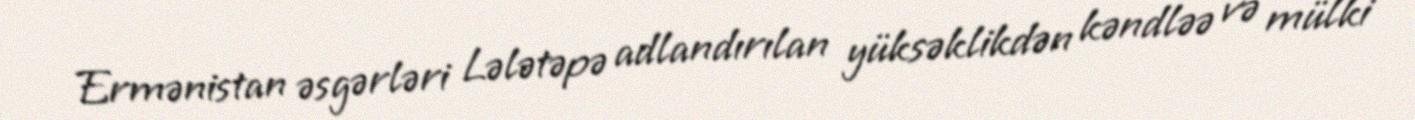
Ermənistan əsgərləri Lələtəpə adlandırılan yüksəklikdən kəndləə və mülki